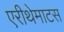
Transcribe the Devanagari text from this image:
एरीथेमाटस